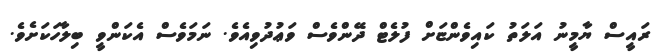
ރައީސް ޔާމީނު އަލަތު ކައިވެންޏަށް ފުލެޓް ދޭންވެސް ވަޢުދުވިއެވެ. ނަމަވެސް އެކަންވީ ބިލާހަކަށެވެ.